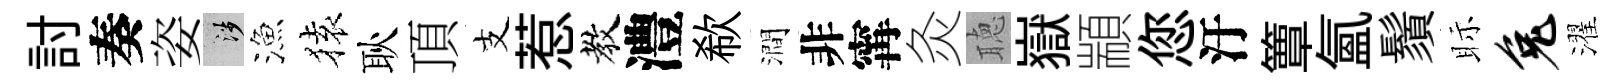
討奏姿涉漁𫞤耿頂支惹教澧欷澗非𡩋灸聴嶽顓您汙簟氲鬚眎兔濯